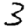
Digit: 3